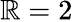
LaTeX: \mathbb{R}=2